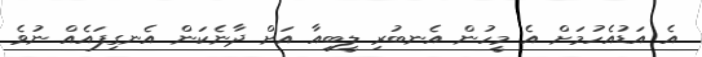
އެ އަޑުއެހުމަށް އެ މީހުން އެނބުރި ލީބިއާ އަށް ދާނެކަން އެނގިފައެއް ނުވެ